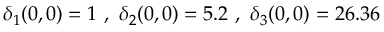
\delta _ { 1 } ( 0 , 0 ) = 1 ~ , ~ \delta _ { 2 } ( 0 , 0 ) = 5 . 2 ~ , ~ \delta _ { 3 } ( 0 , 0 ) = 2 6 . 3 6